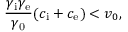
\frac { \gamma _ { \mathrm { i } } \gamma _ { \mathrm { e } } } { \gamma _ { \mathrm { 0 } } } ( c _ { \mathrm { i } } + c _ { \mathrm { e } } ) < v _ { 0 } ,